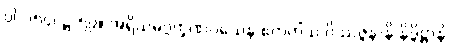
ပါ-၁၅၄၊ ဋ္ဌ-၅၉။ အရိယမဂ္ဂက္ခဏဝသေန ဧကတိံသ ဝိဿဇ္ဇနာနိ နိဒ္ဒိဋ္ဌာနိ